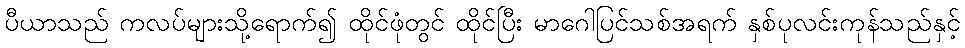
ပီယာသည် ကလပ်များသို့ရောက်၍ ထိုင်ဖုံတွင် ထိုင်ပြီး မာဂေါပြင်သစ်အရက် နှစ်ပုလင်းကုန်သည်နှင့်